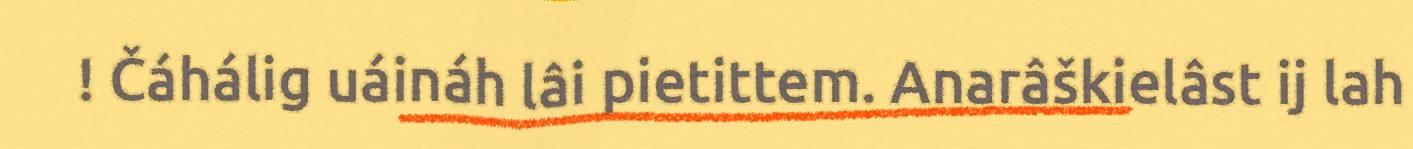
! Čáhálig uáináh lâi pietittem. Anarâškielâst ij lah